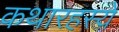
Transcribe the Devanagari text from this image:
कथारहस्ये